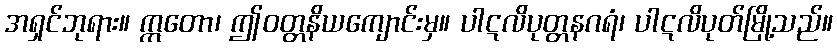
အရှင်ဘုရား။ ဣတော၊ ဤဝတ္တနိယကျောင်းမှ။ ပါဋလိပုတ္တနဂရံ၊ ပါဋလိပုတ်မြို့သည်။